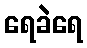
ရေခဲရေ